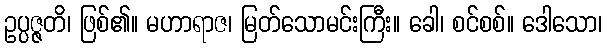
ဥပ္ပဇ္ဇတိ၊ ဖြစ်၏။ မဟာရာဇ၊ မြတ်သောမင်းကြီး။ ခေါ၊ စင်စစ်။ ဒေါသော၊